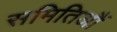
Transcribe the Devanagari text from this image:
समितिऔं